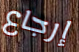
إرجاع